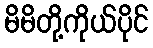
မိမိတို့ကိုယ်ပိုင်